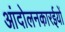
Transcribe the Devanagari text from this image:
आंदोलनकारईयों